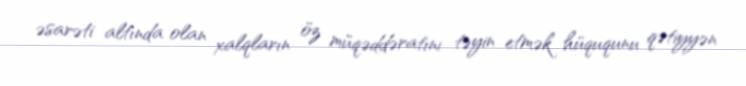
əsarəti altında olan xalqların öz müqəddəratını təyin etmək hüququnu qətiyyən